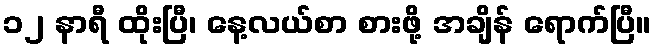
၁၂ နာရီ ထိုးပြီ၊ နေ့လယ်စာ စားဖို့ အချိန် ရောက်ပြီ။